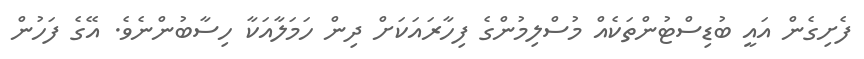
ފެށިގެން އައީ ބުޑިސްޓުންތަކެއް މުސްލިމުންގެ ފިހާރައަކަށް ދިން ހަމަލާއަކާ ހިސާބުންނެވެ. އޭގެ ފަހުން